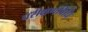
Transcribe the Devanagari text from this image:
परीक्षणविधि